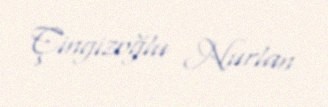
Çingizoğlu Nurlan